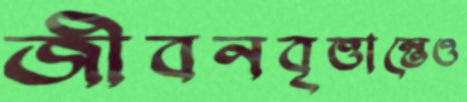
জীবনবৃত্তান্তেও